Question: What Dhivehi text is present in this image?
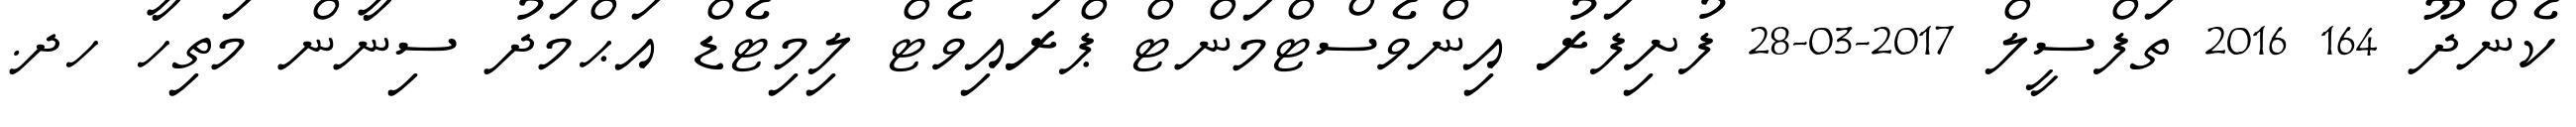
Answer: ކެންދޫ 164 2016 ތަފްސީލް 2017-03-28 ފުށިފަރު އިންވެސްޓްމަންޓް ޕްރައިވެޓް ލިމިޓެޑް އަޙްމަދު ސިނާން މަތިހާ ހދ.